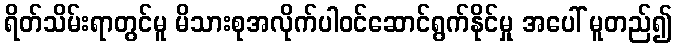
ရိတ်သိမ်းရာတွင်မူ မိသားစုအလိုက်ပါဝင်ဆောင်ရွက်နိုင်မှု အပေါ် မူတည်၍